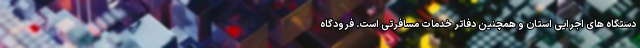
دستگاه های اجرایی استان و همچنین دفاتر خدمات مسافرتی است. فرودگاه